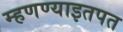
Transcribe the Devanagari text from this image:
म्हणण्याइतपत